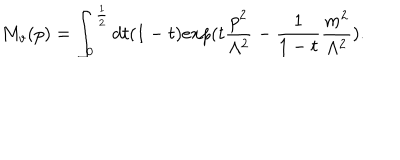
LaTeX: M _ { v } ( p ) = \int _ { 0 } ^ { \frac { 1 } { 2 } } d t ( 1 - t ) e x p ( t \frac { p ^ { 2 } } { \Lambda ^ { 2 } } - \frac { 1 } { 1 - t } \frac { m ^ { 2 } } { \Lambda ^ { 2 } } ) .